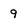
Character: 9